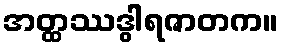
အတ္ထဿဒွါရဇာတက။